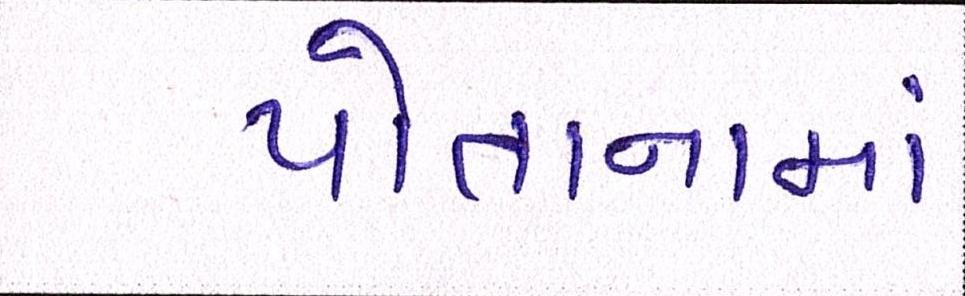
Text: પોતાનામાં